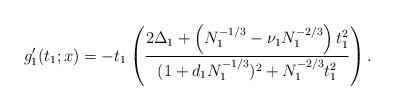
LaTeX: \begin{align*}g_1'(t_1;x)=-t_1\left(\frac{2\Delta_1+\left(N_1^{-1/3}-\nu_1N_1^{-2/3}\right)t_1^2}{(1+d_1N_1^{-1/3})^2+N_1^{-2/3}t_1^2}\right).\end{align*}